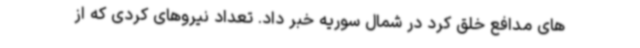
های مدافع خلق کرد در شمال سوریه خبر داد. تعداد نیروهای کردی که از